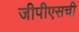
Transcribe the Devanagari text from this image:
जीपीएसची